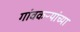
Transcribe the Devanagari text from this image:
गांवकऱ्यांच्या